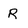
Character: R